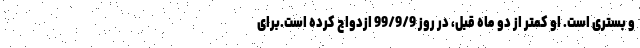
و بستری است. او کمتر از دو ماه قبل، در روز 99/9/9 ازدواج کرده است.برای